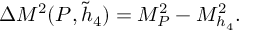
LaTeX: \Delta M ^ { 2 } ( P , \tilde { h } _ { 4 } ) = M _ { P } ^ { 2 } - M _ { h _ { 4 } } ^ { 2 } .